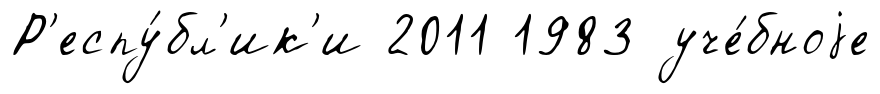
Р'еспу́бл'ик'и 2011 1983 уче́бноjе